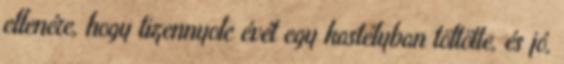
ellenére, hogy tizennyolc évét egy kastélyban töltötte, és jó,